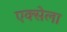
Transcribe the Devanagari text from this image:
एक्सेला